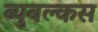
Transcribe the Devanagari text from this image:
ब्युबल्कस